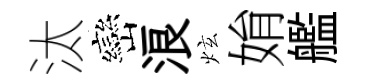
汰巒浪炫姢艦